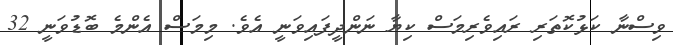
ވިސްނާ ކަޅުކޮތަރި ރައިވެރިމަސް ކިޔާ ނަންދީފައިވަނީ އެވެ. މިމަސް އެންމެ ބޮޑުވަނީ 32